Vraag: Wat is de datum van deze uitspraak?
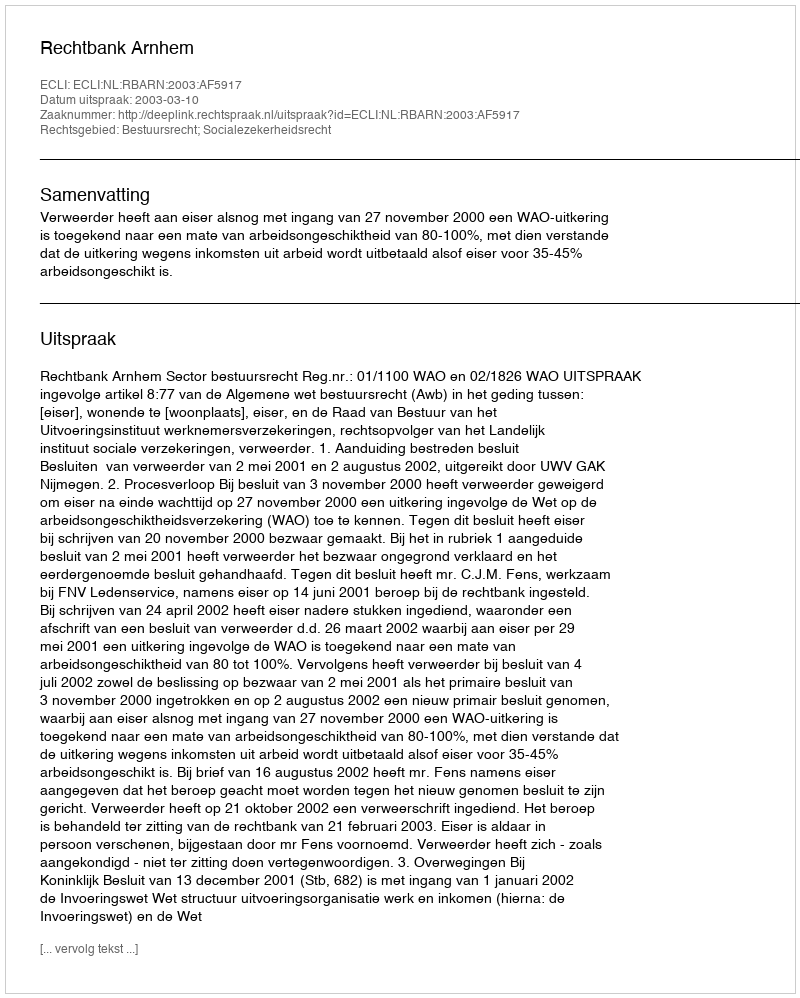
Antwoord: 2003-03-10